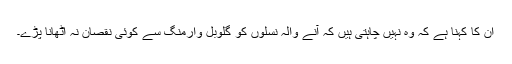
ان کا کہنا ہے کہ وہ نہیں چاہتی ہیں کہ آنے والہ نسلوں کو گلوبل وارمنگ سے کوئی نقصان نہ اٹھانا پڑے۔